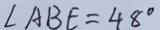
\angle A B E = 4 8 ^ { \circ }